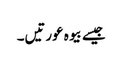
جیسے بیوہ عورتیں۔